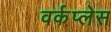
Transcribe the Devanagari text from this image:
वर्कप्लेस